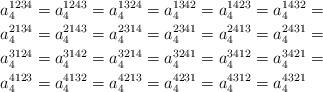
LaTeX: \begin{align*}a_{4}^{1234} & =a_{4}^{1243}=a_{4}^{1324}=a_{4}^{1342}=a_{4}^{1423}=a_{4}^{1432}=\\a_{4}^{2134} & =a_{4}^{2143}=a_{4}^{2314}=a_{4}^{2341}=a_{4}^{2413}=a_{4}^{2431}=\\a_{4}^{3124} & =a_{4}^{3142}=a_{4}^{3214}=a_{4}^{3241}=a_{4}^{3412}=a_{4}^{3421}=\\a_{4}^{4123} & =a_{4}^{4132}=a_{4}^{4213}=a_{4}^{4231}=a_{4}^{4312}=a_{4}^{4321}\end{align*}